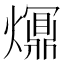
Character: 𤑺